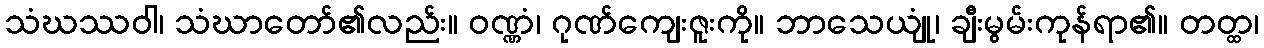
သံဃဿဝါ၊ သံဃာတော်၏လည်း။ ဝဏ္ဏံ၊ ဂုဏ်ကျေးဇူးကို။ ဘာသေယျုံ၊ ချီးမွမ်းကုန်ရာ၏။ တတ္ထ၊